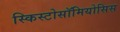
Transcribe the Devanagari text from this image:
स्किस्टोसॉमियोसिस